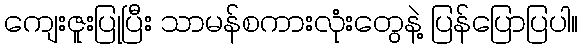
ကျေးဇူးပြုပြီး သာမန်စကားလုံးတွေနဲ့ ပြန်ပြောပြပါ။